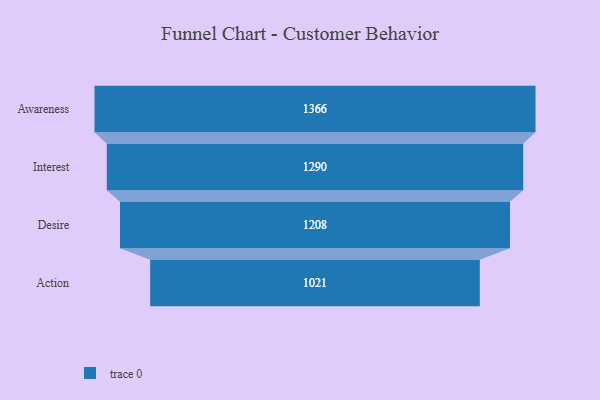
{"axis": {"x": "Stage", "y": "Value"}, "legend": [""], "data": [{"x": "Awareness", "y": 1366.0, "type": ""}, {"x": "Interest", "y": 1290.0, "type": ""}, {"x": "Desire", "y": 1208.0, "type": ""}, {"x": "Action", "y": 1021.0, "type": ""}]}